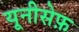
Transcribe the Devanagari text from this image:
यूनीसेफ़